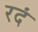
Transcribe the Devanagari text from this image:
रदं